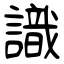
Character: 識